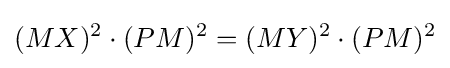
{(MX)^{2}\cdot (PM)^{2}}={(MY)^{2}\cdot (PM)^{2}}